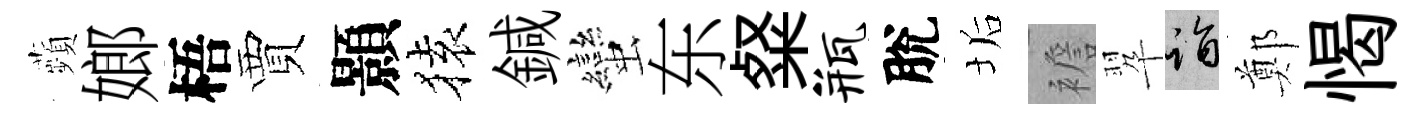
蘋嫏梧賈顥𫞤鍼蠻东粲瓶脫垢襜翆诣鄭愒